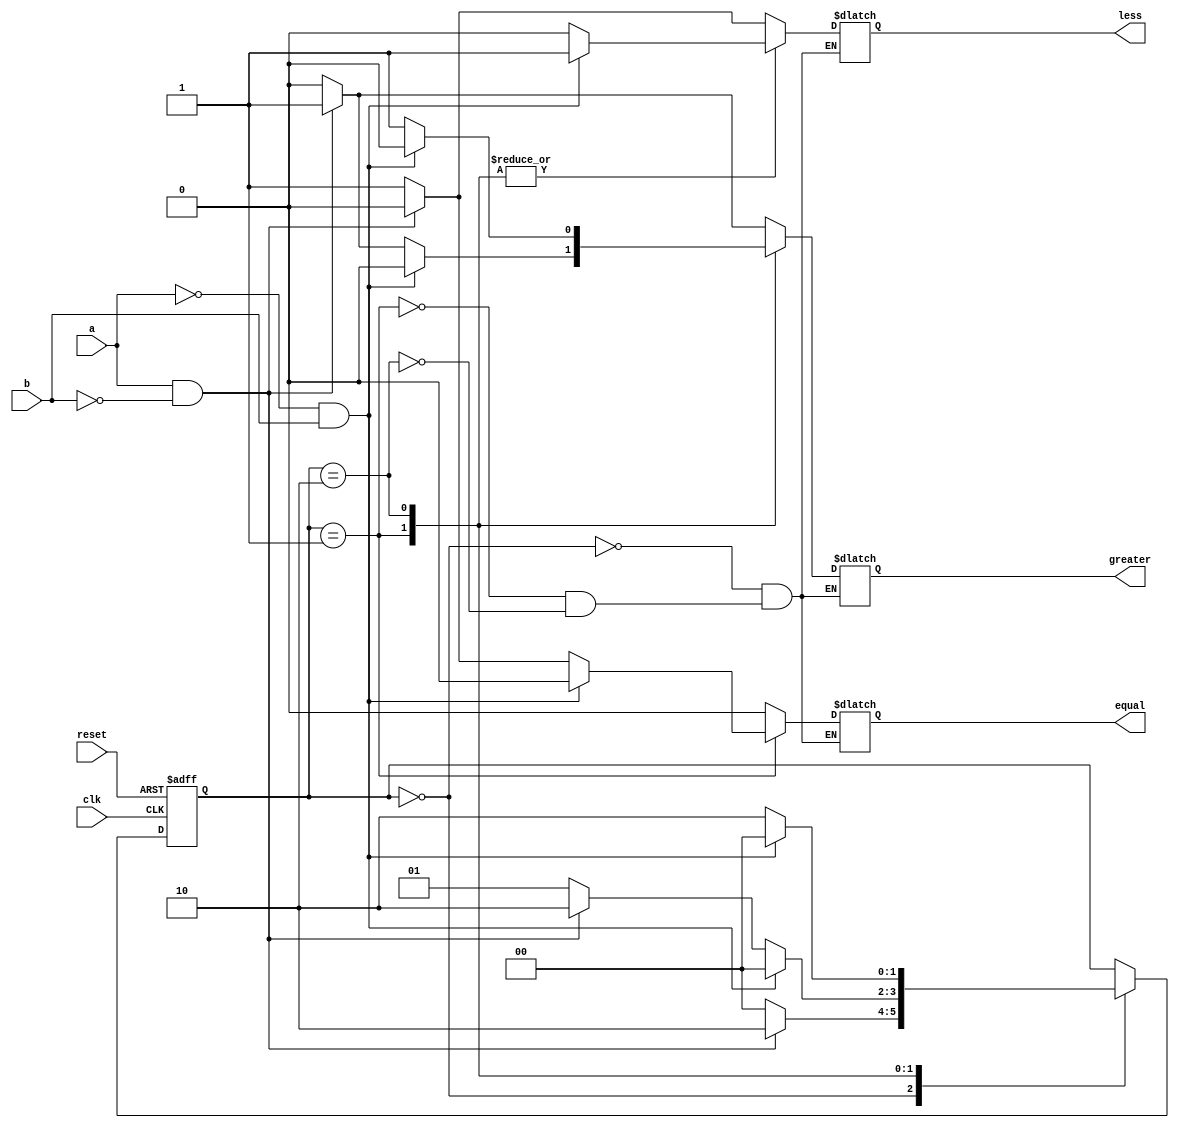

// 4-State Mealy state machine

// A Mealy machine has outputs that depend on both the state and 
// the inputs.  When the inputs change, the outputs are updated
// immediately, without waiting for a clock edge.  The outputs
// can be written more than once per state or per clock cycle.

module comp (reset, clk, a, b, greater, equal, less);

	input reset, clk, a, b;
	output reg greater,equal,less;
	
	// Declare state register
	reg [1:0]state;
	
	// Declare states
	parameter S0 = 0, S1 = 1, S2 = 2;
	
	// Determine the next state synchronously, based on the
	// current state and the input
	always @ (posedge clk or posedge reset) begin
		if (reset)
			state <= S1;
		else
			case (state)
			
				S0: 
					if (a && ~b)
						state <= S2;
					else
						state <= S0;
						
				S1: 
					if (~a && b)
						state <= S0;
					else if (a && ~b) 
						state <= S2;
					else 
						state <= S1;
						
				S2: 
					if (~a && b)
						state <= S0;
					else
						state <= S2;
			endcase
	end
	
	// Determine the output based only on the current state
	// and the input (do not wait for a clock edge).
	always @ (state or a or b or ~a or ~b)
	begin
		case (state)
			S0:
				if (a && ~b)
				begin
					greater = 1;
					equal = 0;
					less = 0;
				end
				else
				begin
					greater = 0;
					equal = 0;
					less = 1;
				end
			S1:
				if (~a && b)
				begin
					greater = 0;
					equal = 0;
					less = 1;
				end
				else if (a && ~b)
				begin
					greater = 1;
					equal = 0;
					less = 0;
				end
				
				else 
				begin
					greater = 0;
					equal = 1;
					less = 0;
				end 
			S2:
				if (~a && b)
				begin
					greater = 0;
					equal = 0;
					less = 1;
				end
				else
				begin
					greater = 1;
					equal = 0;
					less = 0;
				end
				
		endcase
	end

endmodule